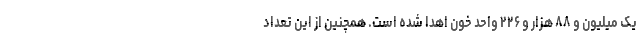
یک میلیون و ۸۸ هزار و ۲۲۶ واحد خون اهدا شده است. همچنین از این تعداد